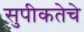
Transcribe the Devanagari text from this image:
सुपीकतेचे